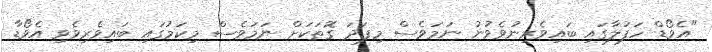
"އެވޯޑް ހަފުލާގައި ބައިވެރިނުވެވުނު ނަމަވެސް މިފަދަ ގޮތަކަށް ނަމަވެސް މިކަމުގައި ބައިވެރިވެވި އެވޯޑާ